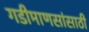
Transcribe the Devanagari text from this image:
गडीमाणसांसाठी